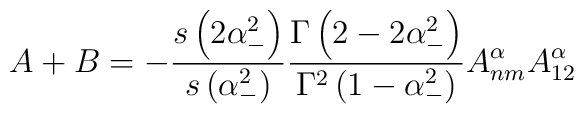
A+B=-\frac{s\left(2\alpha _{-}^{2} \right)}{s\left(\alpha _{-}^{2} \right)}\frac{\Gamma \left(2-2\alpha _{-}^{2}\right)}{\Gamma ^{2}\left(1-\alpha _{-}^{2} \right)}A_{nm}^{\alpha}A_{12}^{\alpha}